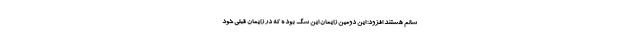
سالم هستند افزود: این دومین زایمان این سگ بوده که در زایمان قبلی خود